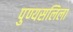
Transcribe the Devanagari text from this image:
पुण्यसलिला